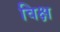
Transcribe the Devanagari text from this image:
विक्ष